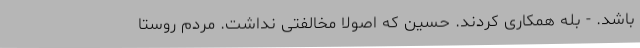
باشد. - بله همکاری کردند. حسین که اصولا مخالفتی نداشت. مردم روستا